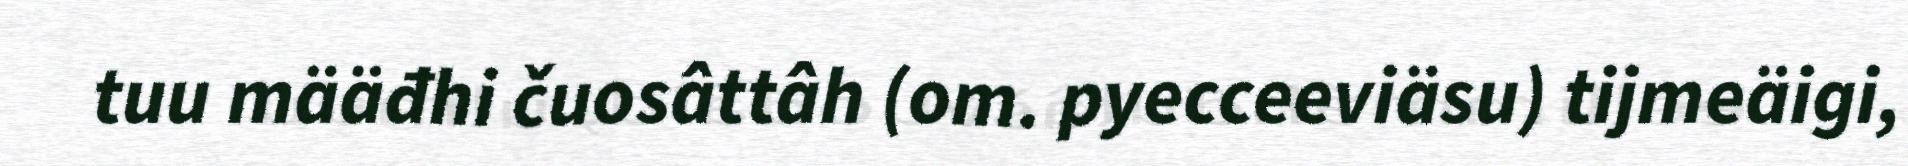
tuu määđhi čuosâttâh (om. pyecceeviäsu) tijmeäigi,